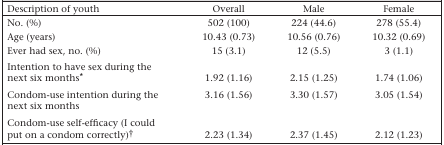
<table><thead><tr><td><b>Description of youth</b></td><td><b>Overall</b></td><td><b>Male</b></td><td><b>Female</b></td></tr></thead><tbody><tr><td>No. (%)</td><td>502 (100)</td><td>224 (44.6)</td><td>278 (55.4)</td></tr><tr><td>Age (years)</td><td>10.43 (0.73)</td><td>10.56 (0.76)</td><td>10.32 (0.69)</td></tr><tr><td>Ever had sex, no. (%)</td><td>15 (3.1)</td><td>12 (5.5)</td><td>3 (1.1)</td></tr><tr><td>Intention to have sex during the next six months∗</td><td>1.92 (1.16)</td><td>2.15 (1.25)</td><td>1.74 (1.06)</td></tr><tr><td>Condom-use intention during the next six months</td><td>3.16 (1.56)</td><td>3.30 (1.57)</td><td>3.05 (1.54)</td></tr><tr><td>Condom-use self-efficacy (I could put on a condom correctly)†</td><td>2.23 (1.34)</td><td>2.37 (1.45)</td><td>2.12 (1.23)</td></tr></tbody></table>